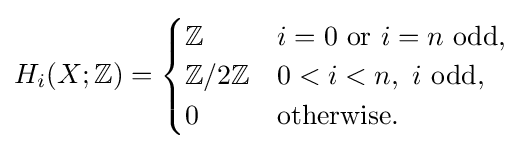
H_{i}(X;\mathbb {Z} )={\begin{cases}\mathbb {Z} &i=0{\text{ or }}i=n{\text{ odd,}}\\\mathbb {Z} /2\mathbb {Z} &0<i<n,\ i\ {\text{odd,}}\\0&{\text{otherwise.}}\end{cases}}